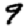
Digit: 9